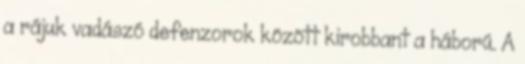
a rájuk vadászó defenzorok között kirobbant a háború. A